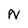
Character: N